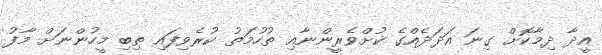
އީދާ ދިމާކޮށް ގިނަ އަދަދެއްގެ ކުށްވެރީންނާއި ތުހުމަތު ކުރެވިފައި ތިބި މީހުންނަށް މާފު